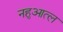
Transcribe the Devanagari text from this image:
नहुआत्ल